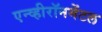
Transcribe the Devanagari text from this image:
एन्व्हीरॉनमेंटल